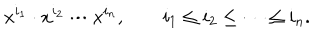
x ^ { i _ { 1 } } \cdot x ^ { i _ { 2 } } \cdots x ^ { i _ { n } } , \qquad i _ { 1 } \leq i _ { 2 } \leq \cdots \leq i _ { n } .